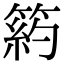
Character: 箹